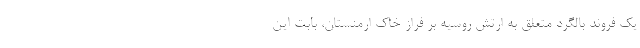
یک فروند بالگرد متعلق به ارتش روسیه بر فراز خاک ارمنستان، بابت این